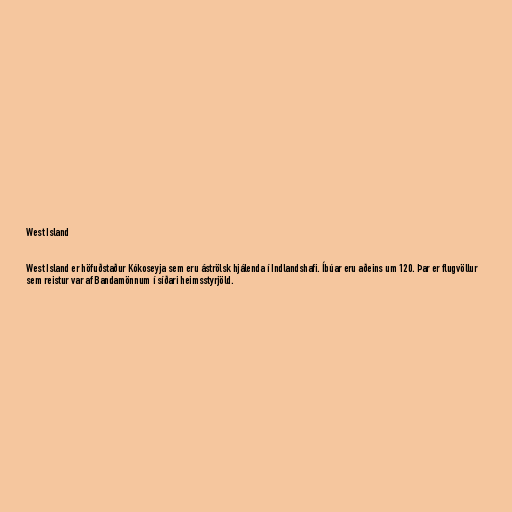
West Island

West Island er höfuðstaður Kókoseyja sem eru áströlsk hjálenda í Indlandshafi. Íbúar eru aðeins um 120. Þar er flugvöllur
sem reistur var af Bandamönnum í síðari heimsstyrjöld.